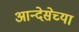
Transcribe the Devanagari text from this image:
आन्देसेच्या